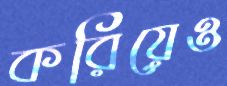
করিয়েও